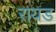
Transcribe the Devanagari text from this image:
रायड